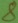
Text: 8